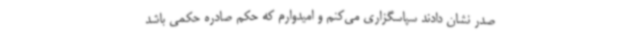
صدر نشان دادند سپاسگزاری می‌کنم و امیدوارم که حکم صادره حکمی باشد